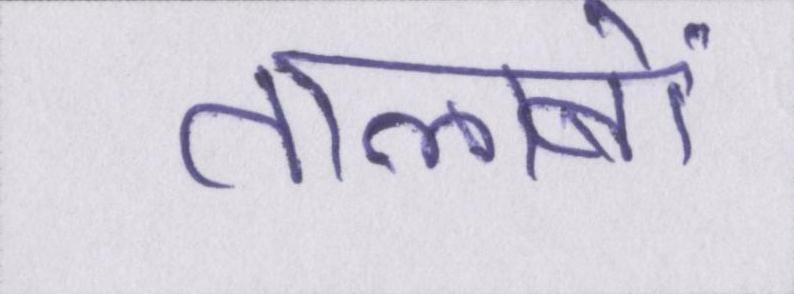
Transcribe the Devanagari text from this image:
तालाबों